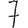
Digit: 7